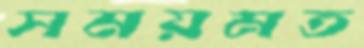
সময়মত